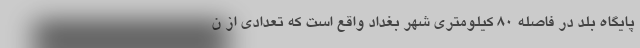
پایگاه بلد در فاصله ۸۰ کیلومتری شهر بغداد واقع است که تعدادی از ن